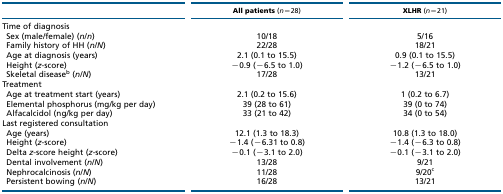
<table><thead><tr><td></td><td><b>All patients (<i>n</i>=28)</b></td><td><b>XLHR (<i>n</i>=21)</b></td></tr></thead><tbody><tr><td>Time of diagnosis</td><td></td><td></td></tr><tr><td> Sex (male/female) (<i>n</i>/<i>n</i>)</td><td>10/18</td><td>5/16</td></tr><tr><td> Family history of HH (<i>n</i>/<i>N</i>)</td><td>22/28</td><td>18/21</td></tr><tr><td> Age at diagnosis (years)</td><td>2.1 (0.1 to 15.5)</td><td>0.9 (0.1 to 15.5)</td></tr><tr><td> Height (<i>z</i>-score)</td><td>−0.9 (−6.5 to 1.0)</td><td>−1.2 (−6.5 to 1.0)</td></tr><tr><td> Skeletal disease<sup>b</sup> (<i>n</i>/<i>N</i>)</td><td>17/28</td><td>13/21</td></tr><tr><td>Treatment</td><td></td><td></td></tr><tr><td> Age at treatment start (years)</td><td>2.1 (0.2 to 15.6)</td><td>1 (0.2 to 6.7)</td></tr><tr><td> Elemental phosphorus (mg/kg per day)</td><td>39 (28 to 61)</td><td>39 (0 to 74)</td></tr><tr><td> Alfacalcidol (ng/kg per day)</td><td>33 (21 to 42)</td><td>34 (0 to 54)</td></tr><tr><td>Last registered consultation</td><td></td><td></td></tr><tr><td> Age (years)</td><td>12.1 (1.3 to 18.3)</td><td>10.8 (1.3 to 18.0)</td></tr><tr><td> Height (<i>z</i>-score)</td><td>−1.4 (−6.31 to 0.8)</td><td>−1.4 (−6.3 to 0.8)</td></tr><tr><td> Delta <i>z</i>-score height (<i>z</i>-score)</td><td>−0.1 (−3.1 to 2.0)</td><td>−0.1 (−3.1 to 2.0)</td></tr><tr><td> Dental involvement (<i>n</i>/<i>N</i>)</td><td>13/28</td><td>9/21</td></tr><tr><td> Nephrocalcinosis (<i>n</i>/<i>N</i>)</td><td>11/28</td><td>9/20<sup>c</sup></td></tr><tr><td> Persistent bowing (<i>n</i>/<i>N</i>)</td><td>16/28</td><td>13/21</td></tr></tbody></table>